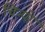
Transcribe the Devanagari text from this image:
चिन्पो